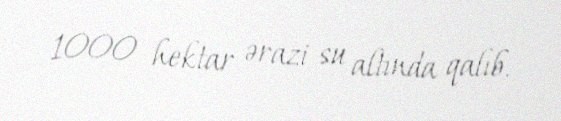
1000 hektar ərazi su altında qalıb.